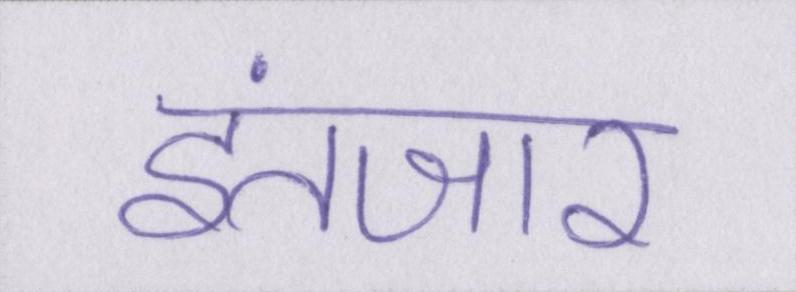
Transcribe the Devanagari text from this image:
इंतजार